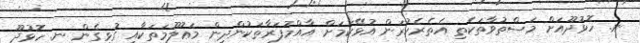
ނ. ހޮޅުދޫއަށް މަސްތުވާތަކެތި އެތެރެކުރަން އުޅޭކަމަށް އާއްމުފަރާތަކުންދިން މަޢުލޫމަތަކާއި ގުޅިގެން ނ. ހޮޅުދޫ